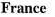
France